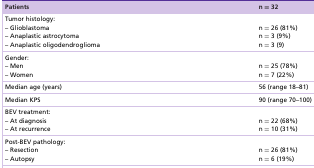
<table><thead><tr><td><b>Patients</b></td><td><b>n = 32</b></td></tr></thead><tbody><tr><td>Tumor histology:– Glioblastoma– Anaplastic astrocytoma– Anaplastic oligodendroglioma</td><td>n = 26 (81%)n = 3 (9%)n = 3 (9)</td></tr><tr><td>Gender:– Men– Women</td><td>n = 25 (78%)n = 7 (22%)</td></tr><tr><td>Median age (years)</td><td>56 (range 18–81)</td></tr><tr><td>Median KPS</td><td>90 (range 70–100)</td></tr><tr><td>BEV treatment:– At diagnosis– At recurrence</td><td>n = 22 (68%)n = 10 (31%)</td></tr><tr><td>Post-BEV pathology:– Resection– Autopsy</td><td>n = 26 (81%)n = 6 (19%)</td></tr></tbody></table>